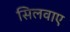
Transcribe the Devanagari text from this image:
सिलवाए